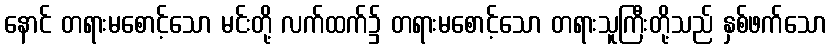
နောင် တရားမစောင့်သော မင်းတို့ လက်ထက်၌ တရားမစောင့်သော တရားသူကြီးတို့သည် နှစ်ဖက်သော